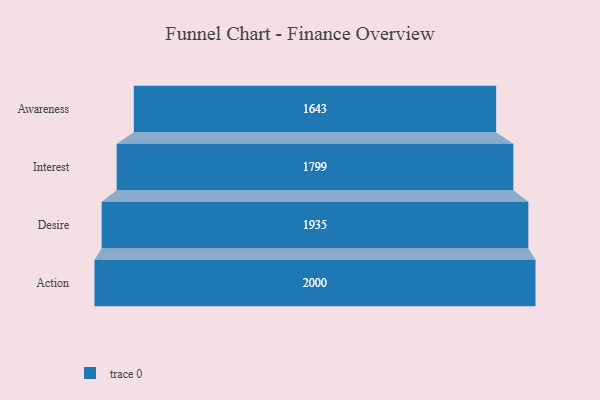
{"axis": {"x": "Stage", "y": "Value"}, "legend": [""], "data": [{"x": "Awareness", "y": 1643.0, "type": ""}, {"x": "Interest", "y": 1799.0, "type": ""}, {"x": "Desire", "y": 1935.0, "type": ""}, {"x": "Action", "y": 2000, "type": ""}]}